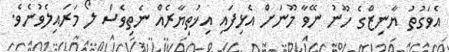
އެވަގުތު ޔާނިޒްގެ ހޫނު ނޭވާ މޫނަށް އެޅިފައި އިޚުތިޔާރެއް ނެތިވެސް ލޯ މަރައިލެވުނެވެ.